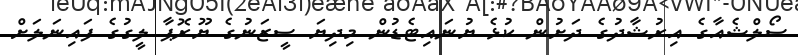
ސޯލްޝެއާގެ އިރުޝާދުގެ ދަށުން ކުޅެ ޔުނައިޓެޑުން މިދިޔަ ސީޒަނުގެ ޔޫރޮޕާ ލީގުގެ ފައިނަލަށް